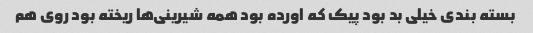
بسته بندی خیلی بد بود پیک که اورده بود همه شیرینی‌ها ریخته بود روی هم